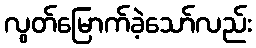
လွတ်မြောက်ခဲ့သော်လည်း